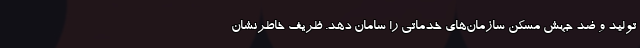
تولید و ضد جهش مسکن سازمان‌های خدماتی را سامان دهد. ظریف خاطرنشان